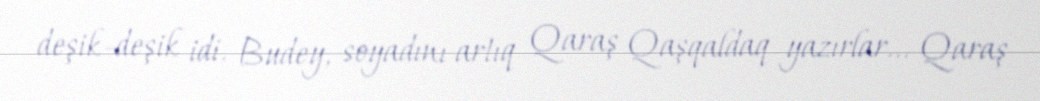
deşik-deşik idi. Budey, soyadını artıq Qaraş Qaşqaldaq yazırlar... Qaraş